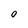
Character: 0